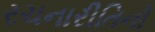
રચનારીતિનો